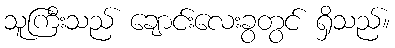
သူကြီးသည် ချောင်းလေးခွတွင် ရှိသည်။